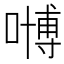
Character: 𠽢